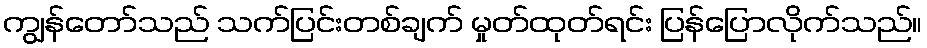
ကျွန်တော်သည် သက်ပြင်းတစ်ချက် မှုတ်ထုတ်ရင်း ပြန်ပြောလိုက်သည်။